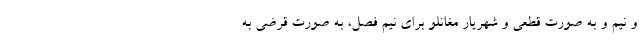
و نیم و به صورت قطعی و شهریار مغانلو برای نیم فصل، به صورت قرضی به